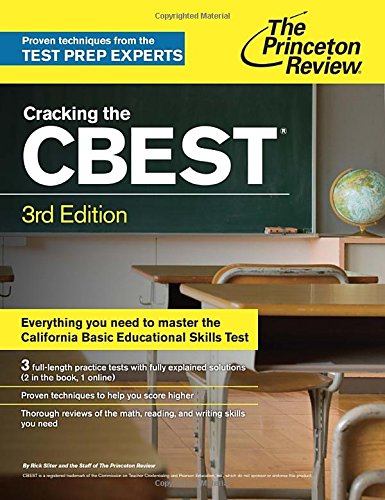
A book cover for Cracking the CBEST, 3rd Edition (Professional Test Preparation); Princeton Review; Test Preparation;